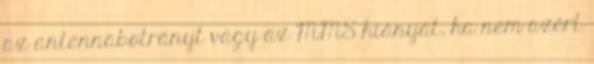
az antennabotrányt vagy az MMS hiányát, ha nem azért